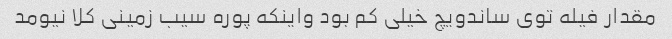
مقدار فیله توی ساندویچ خیلی کم بود واینکه پوره سیب زمینی کلا نیومد